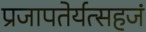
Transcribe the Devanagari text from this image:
प्रजापतेर्यत्सहजं